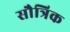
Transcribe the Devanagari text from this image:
सौत्रिक